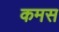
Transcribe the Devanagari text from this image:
कमस